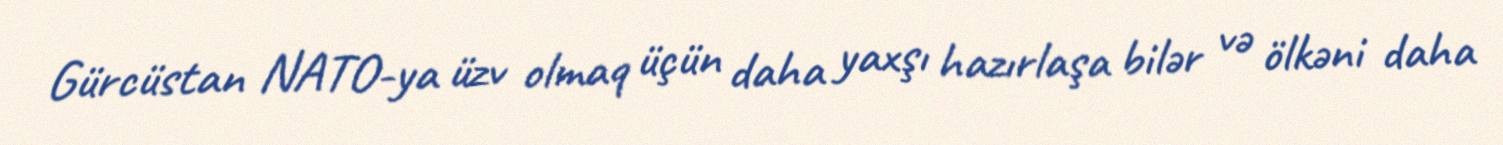
Gürcüstan NATO-ya üzv olmaq üçün daha yaxşı hazırlaşa bilər və ölkəni daha